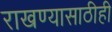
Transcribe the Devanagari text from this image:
राखण्यासाठीही